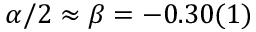
\alpha / 2 \approx \beta = - 0 . 3 0 ( 1 )